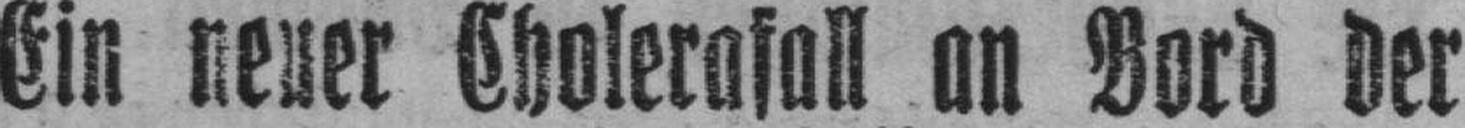
Ein neuer Cholerafall an Bord der